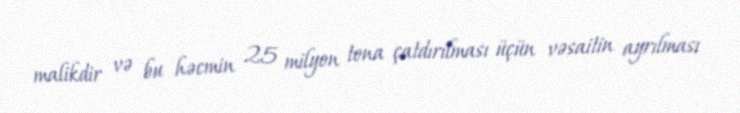
malikdir və bu həcmin 25 milyon tona çatdırılması üçün vəsaitin ayrılması